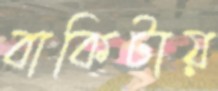
বাকিটায়